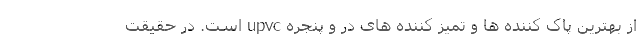
از بهترین پاک کننده ها و تمیز کننده های در و پنجره upvc است. در حقیقت